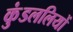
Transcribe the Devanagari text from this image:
कुंडललियों